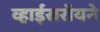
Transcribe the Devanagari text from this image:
व्हाईसरॉयने